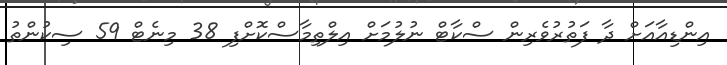
އިންޑިއާއަށް ދާ ފަތުރުވެރިން ސްކާޓް ނުލުމަށް އިލްތިމާސްކޮށްފި 38 މިނެޓް 59 ސިކުންތު